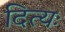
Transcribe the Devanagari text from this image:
दित्यः